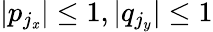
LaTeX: |p_{j_{\mathit{x}}}|\leq1,|q_{j_{y}}|\leq1